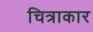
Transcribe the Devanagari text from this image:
चित्राकार